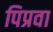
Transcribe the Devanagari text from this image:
पिप्रवा